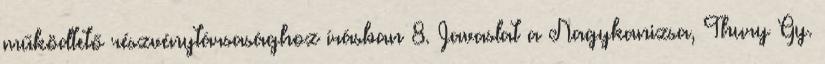
működtető részvénytársasághoz írásban 8. Javaslat a Nagykanizsa, Thury Gy.